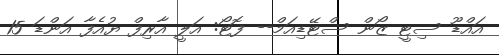
އައްޑޫ ސިޓީ ޒޯން ސްޓޭޑިއަމް-- ފޮޓޯ: އަލީ އާރިފް ޔުއެފާ އަންޑަ 15